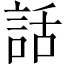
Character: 話